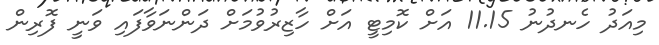
މިއަދު ހެނދުނު 11.15 އަށް ކޮމިޓީ އަށް ހާޒިރުވުމަށް ދަންނަވާފައި ވަނީ ފޮރިން